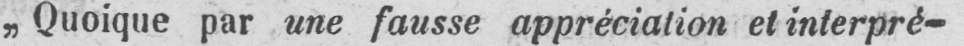
„Quoique par une fausse appréciation et interpré-